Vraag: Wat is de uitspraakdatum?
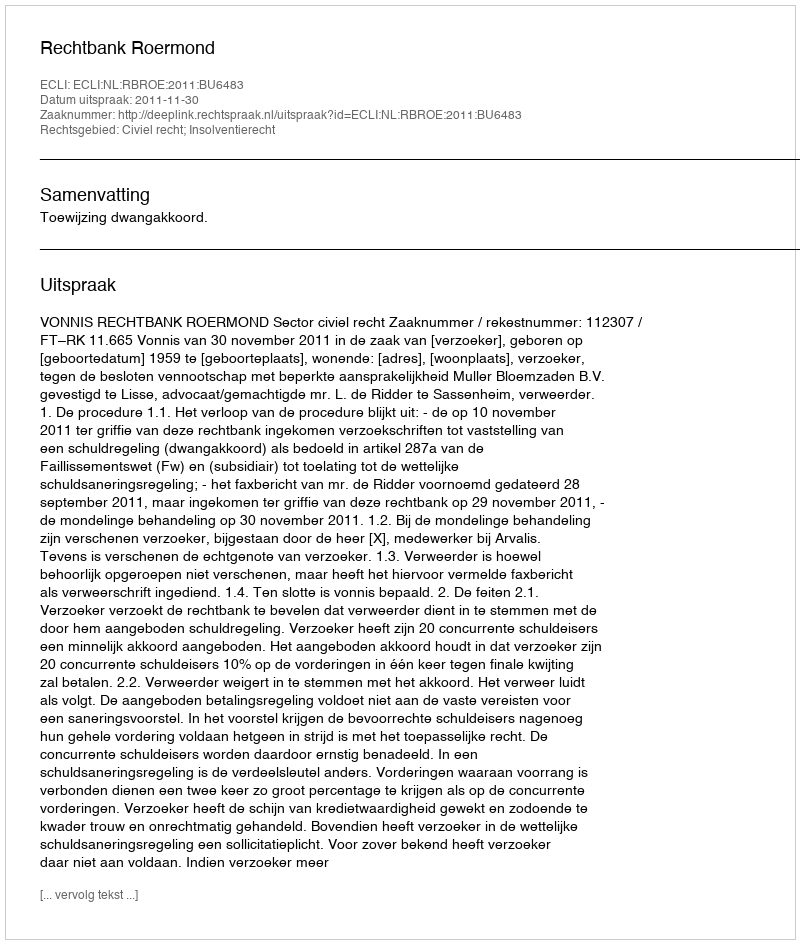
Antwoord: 2011-11-30